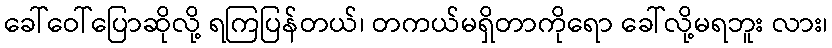
ခေါ်ဝေါ်ပြောဆိုလို့ ရကြပြန်တယ်၊ တကယ်မရှိတာကိုရော ခေါ်လို့မရဘူး လား၊